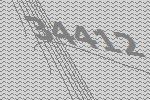
34412